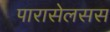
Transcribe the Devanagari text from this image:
पारासेलसस